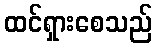
ထင်ရှားစေသည်